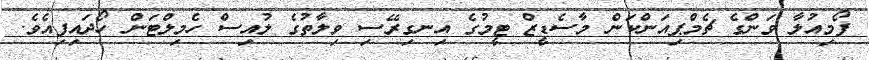
ފޯމިއުލާ ވަންގެ ޗެމްޕިއަންކަން މާސެޑީޒް ޓީމުގެ އިނގިރޭސި ވިލާތުގެ ލުއިސް ހެމިލްޓަން ހޯދައިފިއެވެ.